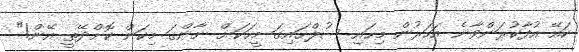
ކައޭ އުފާކުރަންވާނެ އަހަރުން މިހައި ސުލްހައިގަ މީހަކަށް ނާންގަ މިކަން ކޮށްދޭތީ އޭން!"